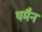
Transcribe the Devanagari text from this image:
थर्मैन